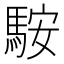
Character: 𩣑